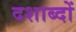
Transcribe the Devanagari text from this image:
दशाब्दों